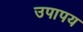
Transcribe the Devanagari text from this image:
उपापय